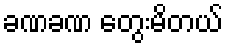
ခဏခဏ တွေးမိတယ်